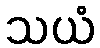
သယံ